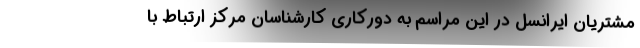
مشتریان ایرانسل در این مراسم به دورکاری کارشناسان مرکز ارتباط با